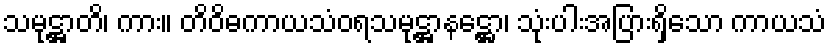
သမုဋ္ဌာတိ၊ ကား။ တိဝိဓကာယသံဝရသမုဋ္ဌာနဋ္ဌော၊ သုံးပါးအပြားရှိသော ကာယသံ